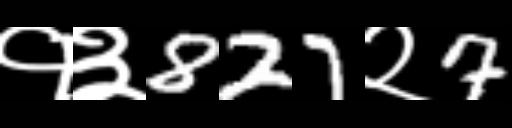
Text: १३827२7